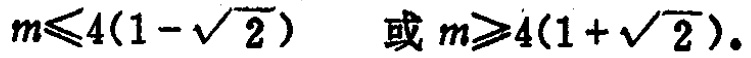
\(m\leqslant4(1 - \sqrt{2})\) 或 \(m\geqslant4(1 + \sqrt{2})\)